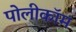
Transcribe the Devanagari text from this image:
पोलीकॉम